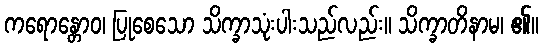
ကရောန္တောဝ၊ ပြုစေသော သိက္ခာသုံးပါးသည်လည်း။ သိက္ခာတိနာမ၊ ၏။